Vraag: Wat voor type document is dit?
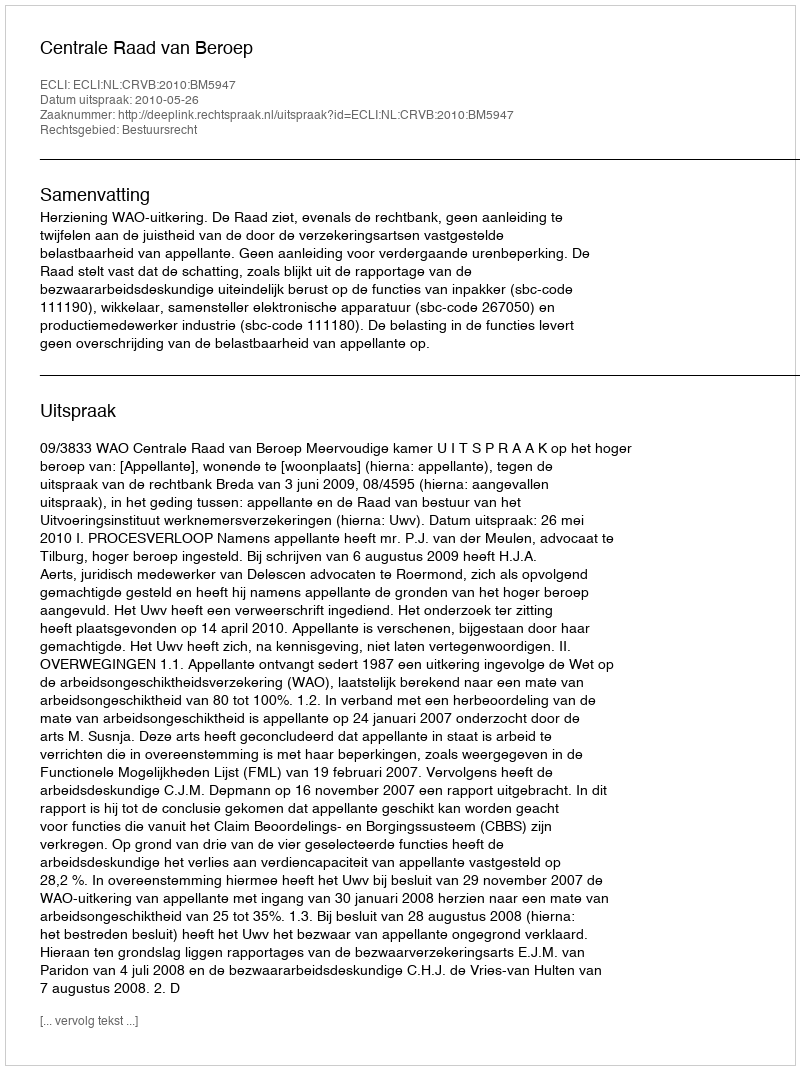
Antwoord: Uitspraak